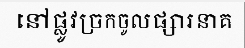
នៅផ្លូវច្រកចូលផ្សារនាគ